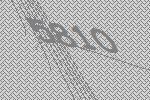
5810